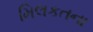
મિલકતના